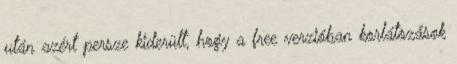
után azért persze kiderült, hogy a free verzióban korlátozások